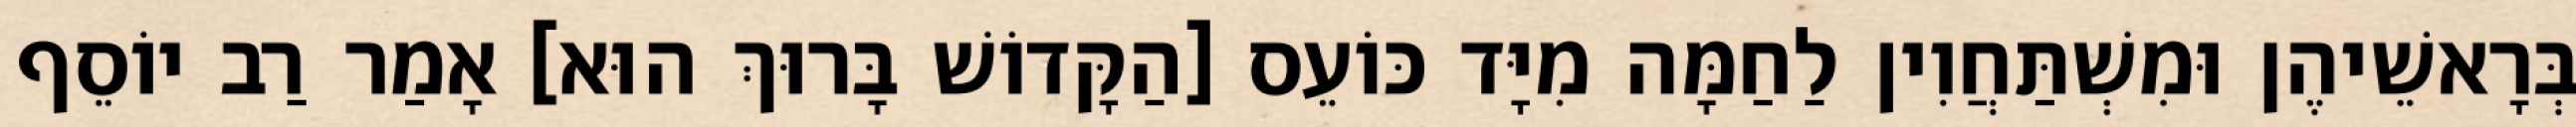
בְּרָאשֵׁיהֶן וּמִשְׁתַּחֲוִין לַחַמָּה מִיָּד כּוֹעֵס [הַקָּדוֹשׁ בָּרוּךְ הוּא] אָמַר רַב יוֹסֵף